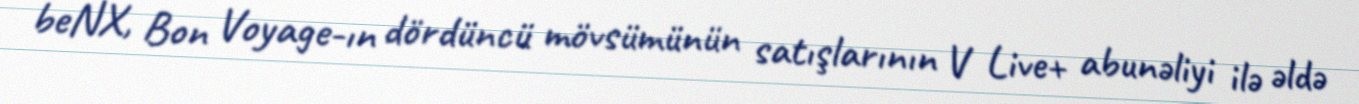
beNX, Bon Voyage-ın dördüncü mövsümünün satışlarının V Live+ abunəliyi ilə əldə